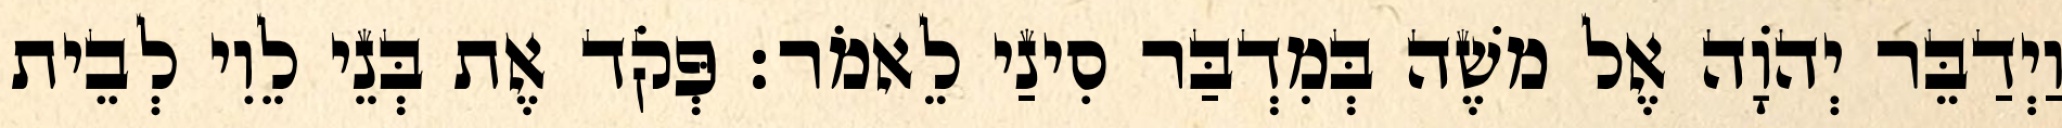
וַיְדַבֵּר יְהוָֹה אֶל משֶׁה בְּמִדְבַּר סִינַי לֵאמֹר׃ פְּקֹד אֶת בְּנֵי לֵוִי לְבֵית